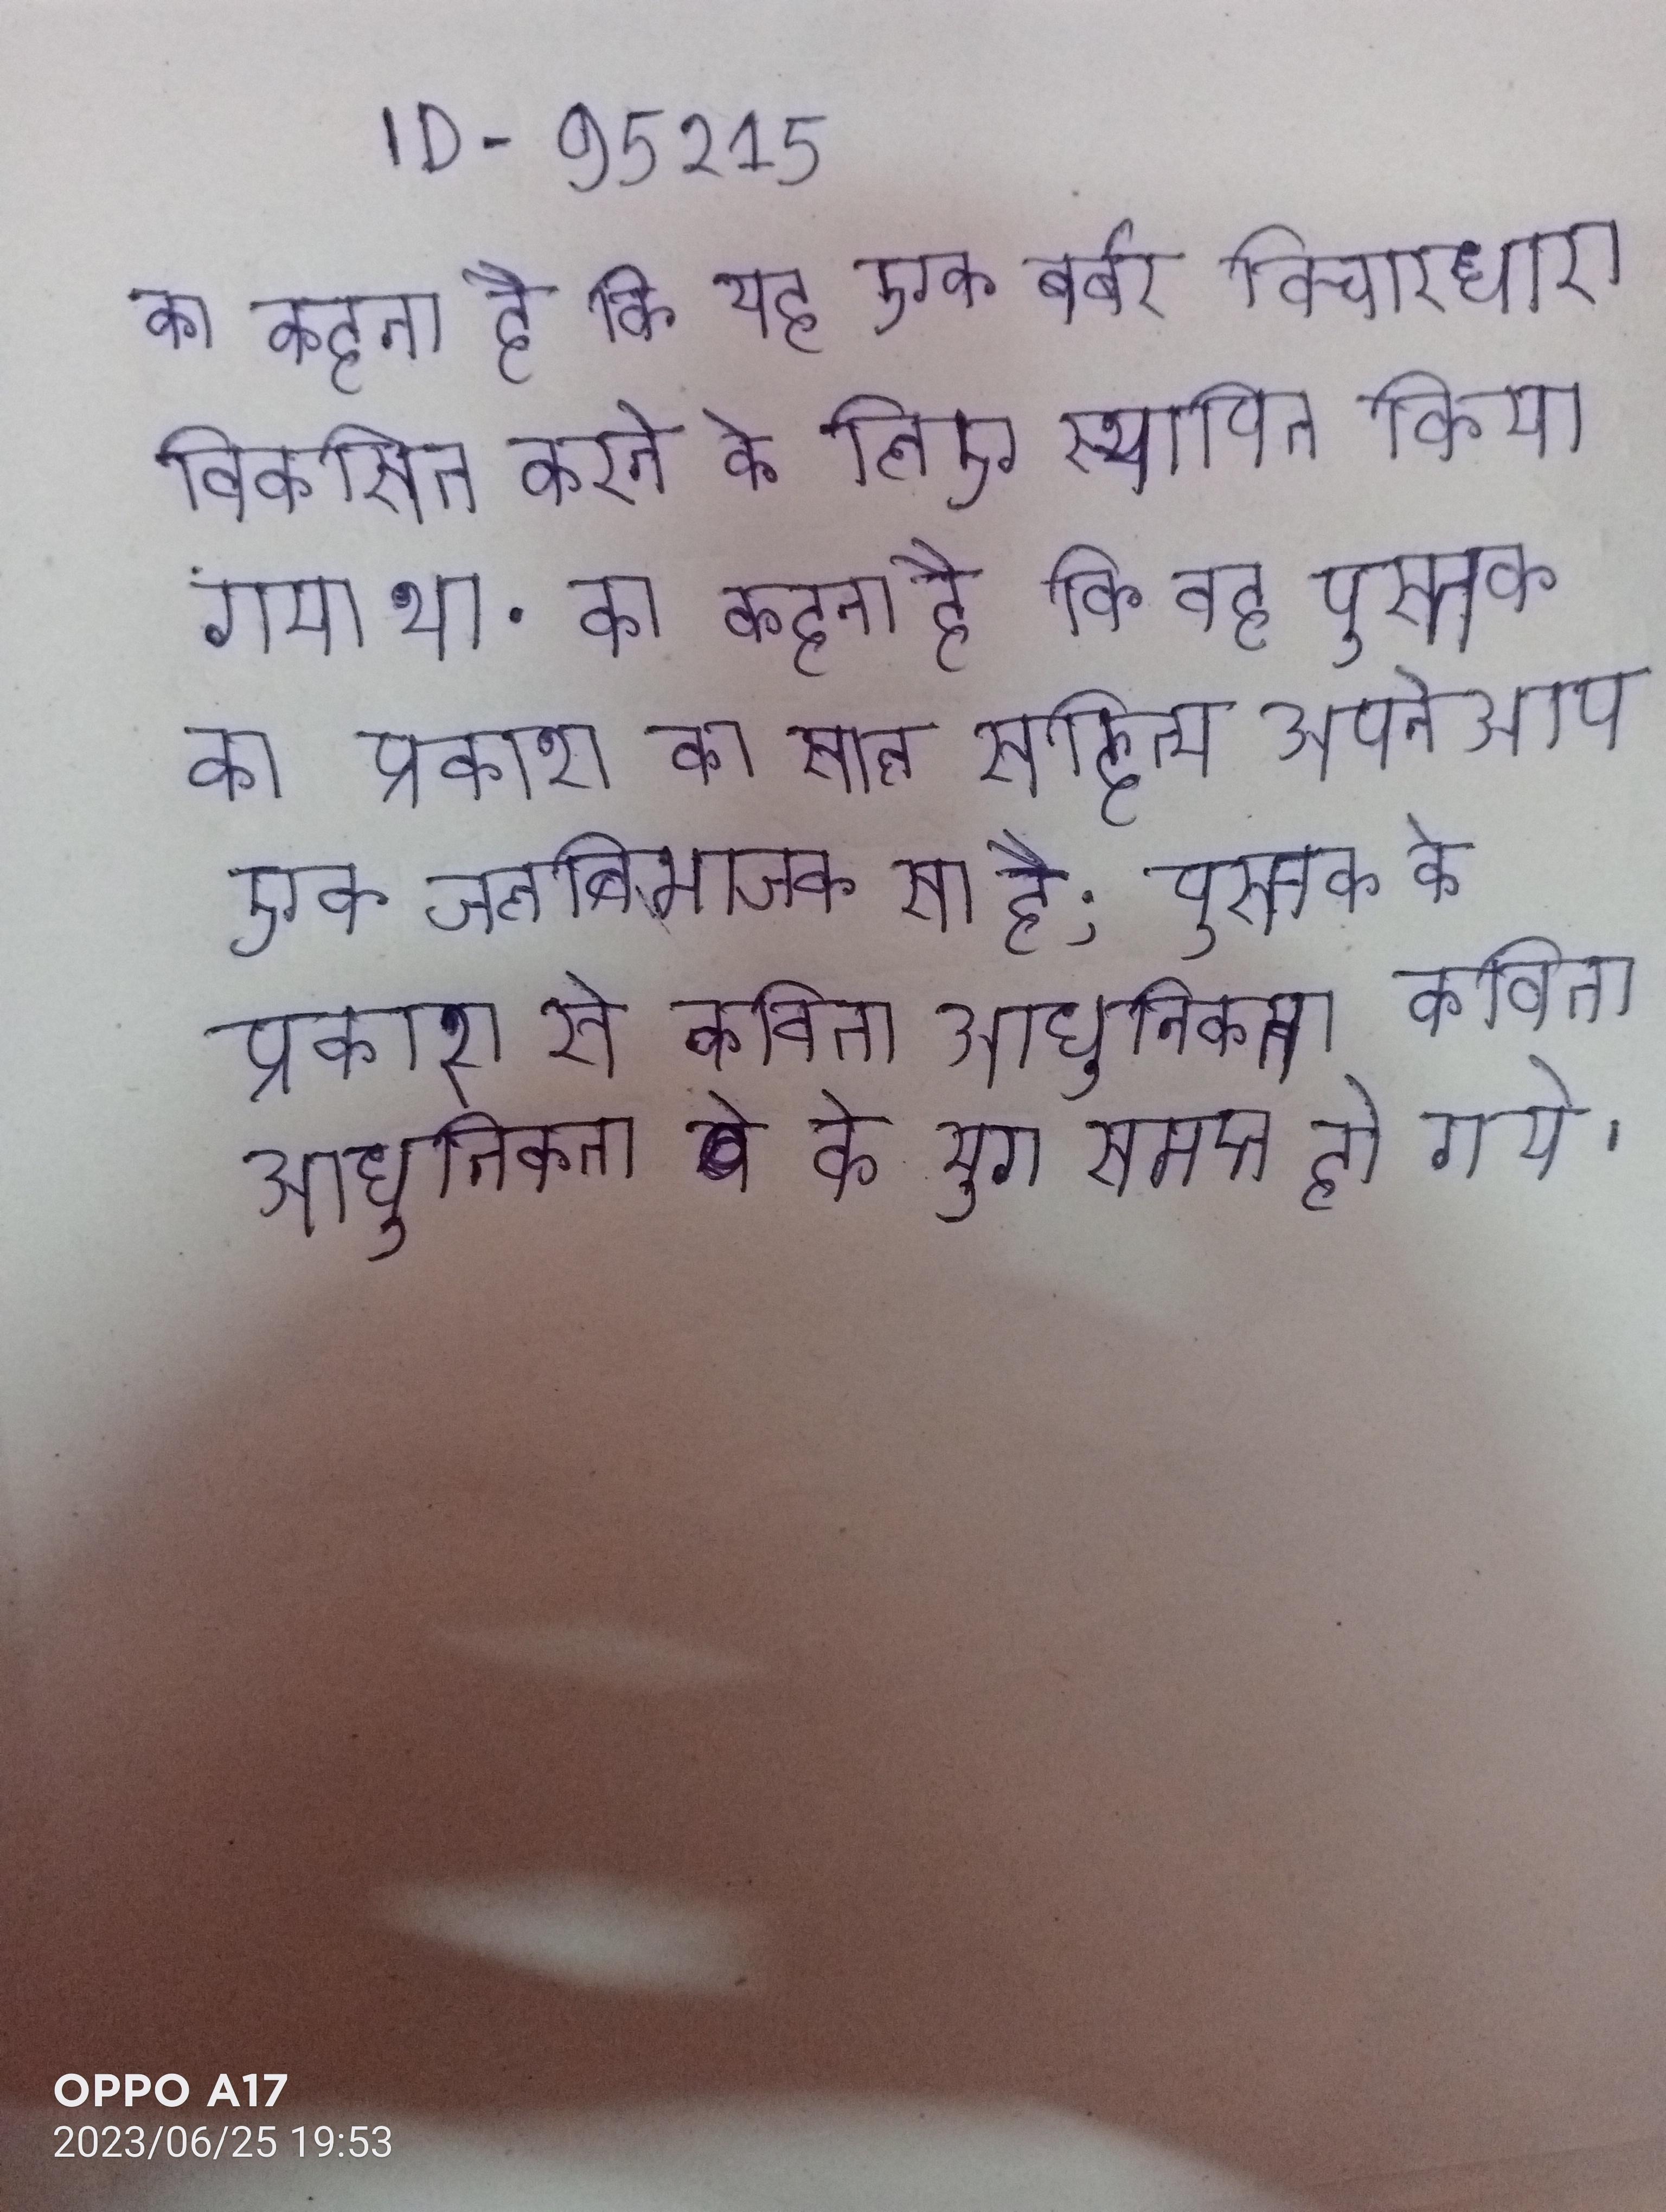
का कहना है कि यह एक बर्बर विचारधारा विकसित करने के लिए स्थापित किया गया था . का कहना है कि वह पुस्तक का प्रकाश का साल सहित्य अपनेआप एक जलबिभाजक सा है; पुस्तक के प्रकाश से कविता आधुनिकता के युग समप्त हो गये ।